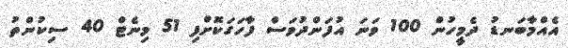
އެއްމާބަނޑު ދެމީހުން 100 ވަނަ އުފަންދުވަސް ފާހަގަކޮށްފި 51 މިނެޓް 40 ސިކުންތު